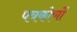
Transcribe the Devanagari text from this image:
पत्रकोणों